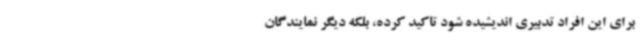
برای این افراد تدبیری اندیشیده شود تاکید کرده، بلکه دیگر نمایندگان